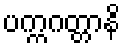
ပက္ကဂတ္တာနိ